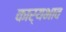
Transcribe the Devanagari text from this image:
कार्यभाव